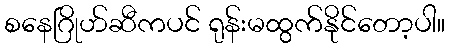
စနေဂြိုဟ်ဆီကပင် ရုန်းမထွက်နိုင်တော့ပါ။